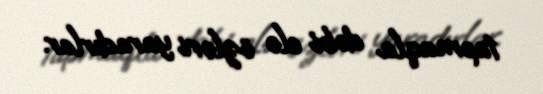
tapmaqla dəbi elə özləri yaradırlar.